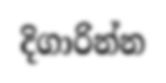
දිගාරින්න